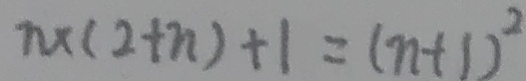
n \times ( 2 + n ) + 1 = ( n + 1 ) ^ { 2 }